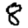
Digit: 8